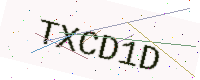
Text: TXCD1D